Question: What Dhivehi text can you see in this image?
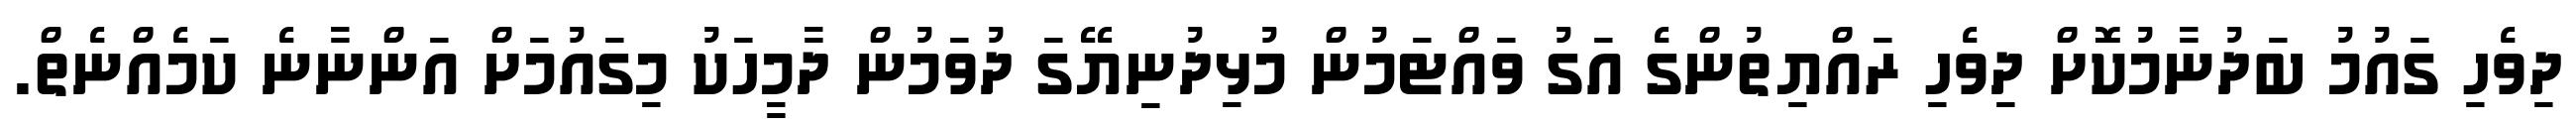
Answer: ދިވެހި ގައުމު ބަދުނާމުކޮށް ދިވެހި ރައްޔިތުންގެ އަގު ވައްޓަމުން މުޅިދުނިޔޭގަ ދުވަމުން ދާމީހަކު މިގައުމަށް އަންނާނެ ކަމެއްނެތް.